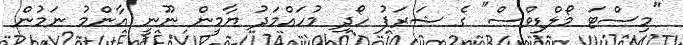
"މިސްޓަ މޯލްޑިވްސް" ގެ ޝަރަފު ހޯދި މުހައްމަދު ޔާމީން ނޫނީ އާންމު ނަމުން